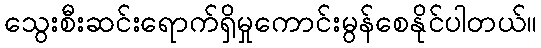
သွေးစီးဆင်းရောက်ရှိမှုကောင်းမွန်စေနိုင်ပါတယ်။